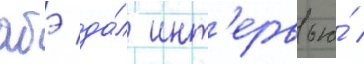
абэ да́л инт'ервью́ /